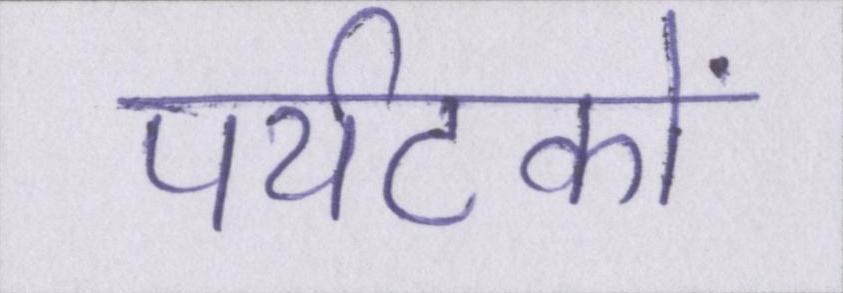
पर्यटकों